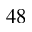
^ Ḋ 4 8 Ḍ